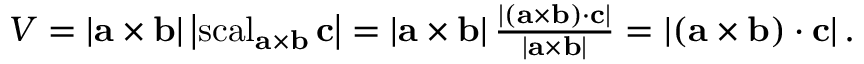
{ \begin{array} { r } { V = \left| \mathbf { a } \times \mathbf { b } \right| \left| \operatorname { s c a l } _ { \mathbf { a } \times \mathbf { b } } \mathbf { c } \right| = \left| \mathbf { a } \times \mathbf { b } \right| { \frac { \left| \left( \mathbf { a } \times \mathbf { b } \right) \cdot \mathbf { c } \right| } { \left| \mathbf { a } \times \mathbf { b } \right| } } = \left| \left( \mathbf { a } \times \mathbf { b } \right) \cdot \mathbf { c } \right| . } \end{array} }